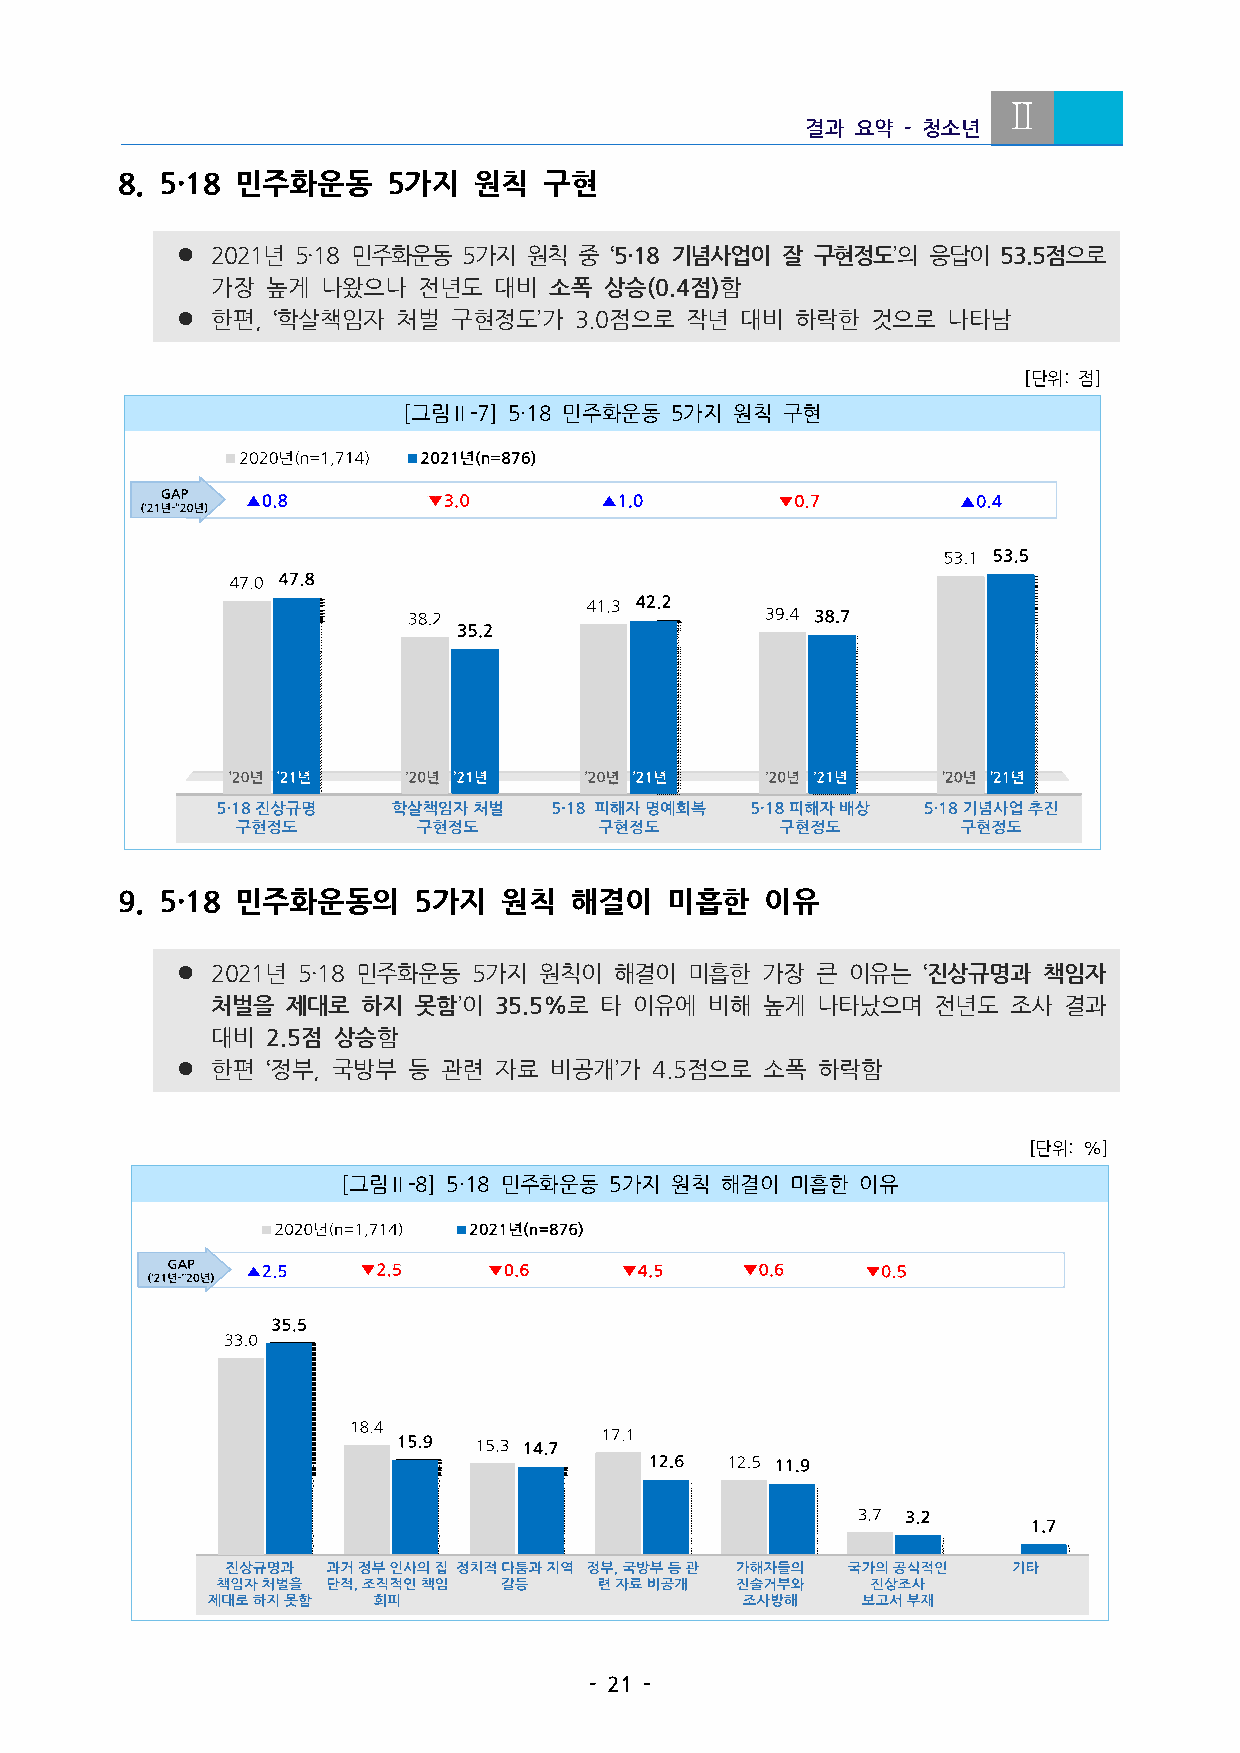
Ⅱ
 결과  요약 -청소년
 8. 5·18 민주화운동   5가지  원칙   구현
 l 2021년 5·18민주화운동 5가지 원칙 중 ‘5·18기념사업이 잘 구현정도’의 응답이  53.5점으로
 가장  높게 나왔으나   전년도  대비 소폭  상승(0.4점)함
 l 한편,‘학살책임자  처벌  구현정도’가3.0점으로  작년  대비  하락한  것으로  나타남
 [단위:점]
 [그림Ⅱ-7] 5·18민주화운동 5가지 원칙 구현
 9. 5·18 민주화운동의   5가지   원칙   해결이   미흡한    이유
 l 2021년 5·18민주화운동 5가지  원칙이  해결이  미흡한 가장  큰 이유는  ‘진상규명과  책임자
 처벌을  제대로  하지 못함’이  35.5%로 타 이유에  비해 높게  나타났으며   전년도  조사 결과
 대비2.5점 상승함
 l 한편  ‘정부,국방부 등 관련  자료 비공개’가4.5점으로  소폭  하락함
 [단위:%]
 [그림Ⅱ-8] 5·18민주화운동 5가지 원칙 해결이 미흡한 이유
 -21-